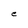
Character: e